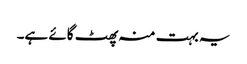
یہ بہت منہ پھٹ گائے ہے۔